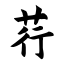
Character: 荇